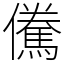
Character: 儯